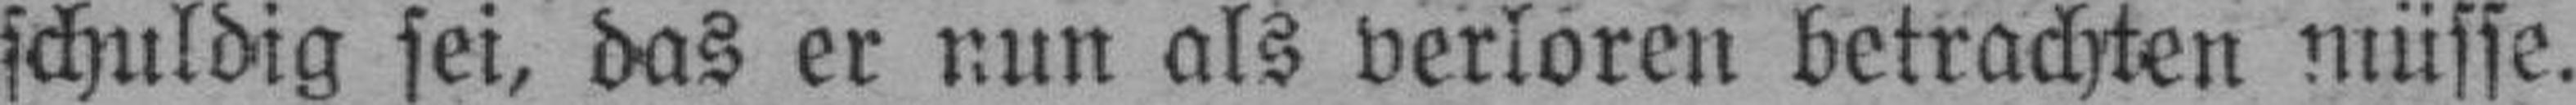
schuldig sei, das er nun als verloren betrachten müsse.